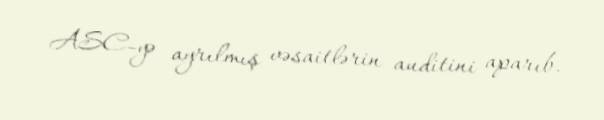
ASC-yə ayrılmış vəsaitlərin auditini aparıb.